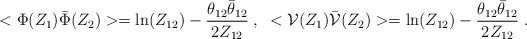
\begin{align*}<\Phi(Z_1){\bar \Phi}(Z_2)>= \mbox{ln} (Z_{12}) -{\theta_{12} \bar\theta_{12} \over 2 Z_{12}}\;, \;\;<{\cal V}(Z_1){\bar {\cal V}}(Z_2)>= \mbox{ln} (Z_{12}) -{\theta_{12} \bar\theta_{12} \over 2 Z_{12}}\;.\end{align*}